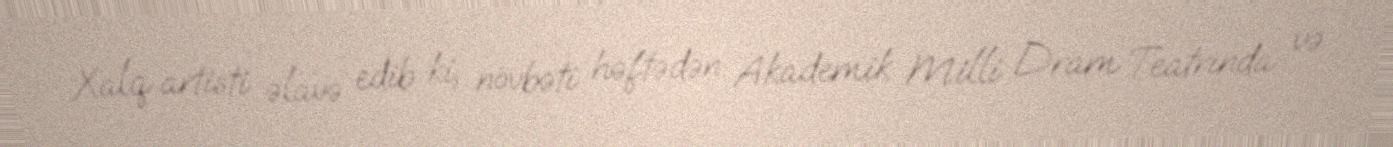
Xalq artisti əlavə edib ki, növbəti həftədən Akademik Milli Dram Teatrında və